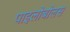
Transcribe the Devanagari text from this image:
पाइलोबोलस